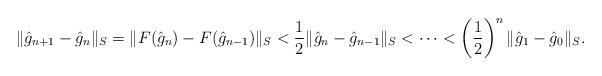
LaTeX: \begin{align*}\|\hat g_{n+1} - \hat g_n\|_S =\| F(\hat g_n) - F(\hat g_{n-1})\|_S < \frac{1}{2} \|\hat g_n - \hat g_{n-1}\|_S<\cdots <\left(\frac{1}{2}\right)^{n} \|\hat g_1 - \hat g_0\|_S.\end{align*}